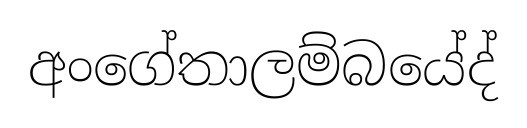
අංගේතාලම්බයේද්